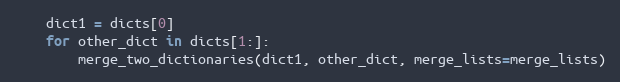
Language: Python
    dict1 = dicts[0]
    for other_dict in dicts[1:]:
        merge_two_dictionaries(dict1, other_dict, merge_lists=merge_lists)